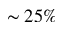
\sim 2 5 \%